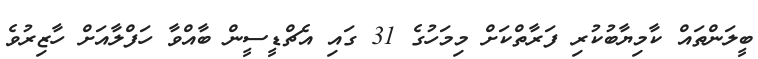
ބީލަންތައް ކާމިޔާބުކުރި ފަރާތްކަށް މިމަހުގެ 31 ގައި އެޗްޑީސީން ބާއްވާ ހަފްލާއަށް ހާޒިރުވެ